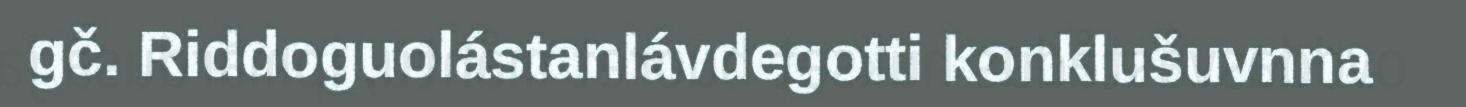
gč. Riddoguolástanlávdegotti konklušuvnna